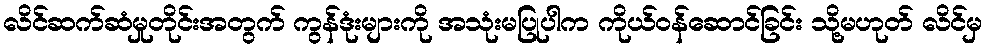
လိင်ဆက်ဆံမှုတိုင်းအတွက် ကွန်ဒုံးများကို အသုံးမပြုပါက ကိုယ်ဝန်ဆောင်ခြင်း သို့မဟုတ် လိင်မှ